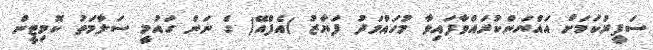
ސަފީރުކަމަށް އައްޔަންކުރައްވާފައިވާ މުހައްމަދު ފަޔާޒު )އެފްއޭ( ގެ ނަން ގައުމީ ސަލާމަތު ކޮމިޓީން